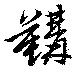
鞲